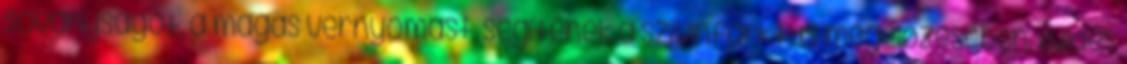
soványságot, a magas vérnyomást, segítenek a szívinfarktus megelőzésében. Küldés